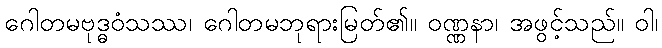
ဂေါတမဗုဒ္ဓဝံသဿ၊ ဂေါတမဘုရားမြတ်၏။ ဝဏ္ဏနာ၊ အဖွင့်သည်။ ဝါ၊